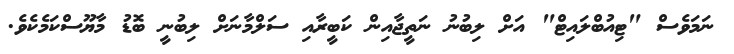
ނަމަވެސް "ޓިއުބްލައިޓް" އަށް ލިބުނު ނަތީޖާއިން ކަބީރާއި ސަލްމާނަށް ލިބުނީ ބޮޑު މާޔޫސްކަމެކެވެ.